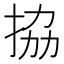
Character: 拹